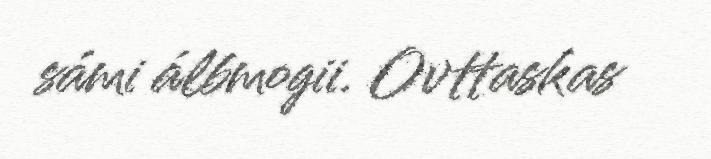
sámi álbmogii. Ovttaskas